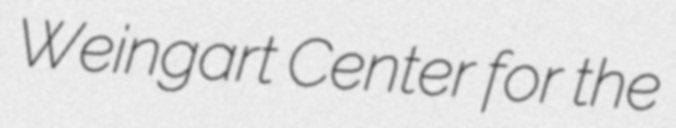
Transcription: Weingart Center for the